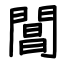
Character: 閶